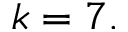
k = 7 .